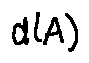
d ( A )